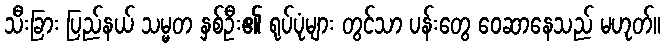
သီးခြား ပြည်နယ် သမ္မတ နှစ်ဦး၏ ရုပ်ပုံများ တွင်သာ ပန်းတွေ ဝေဆာနေသည် မဟုတ်။